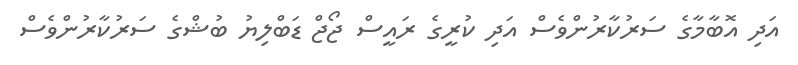
އަދި އޮބާމާގެ ސަރުކާރުންވެސް އަދި ކުރީގެ ރައީސް ޖޯޖް ޑަބްލިޔު ބުޝްގެ ސަރުކާރުންވެސް